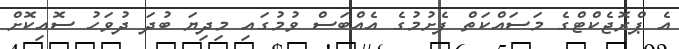
އެ ޕްރޮޖެކްޓްގެ މަސައްކަތް ފެށުމުގެ އެއްބަސް ވުމުގައި މިދިޔަ ބުދަ ދުވަހު ސޮއިކޮށް